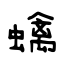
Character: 蠄